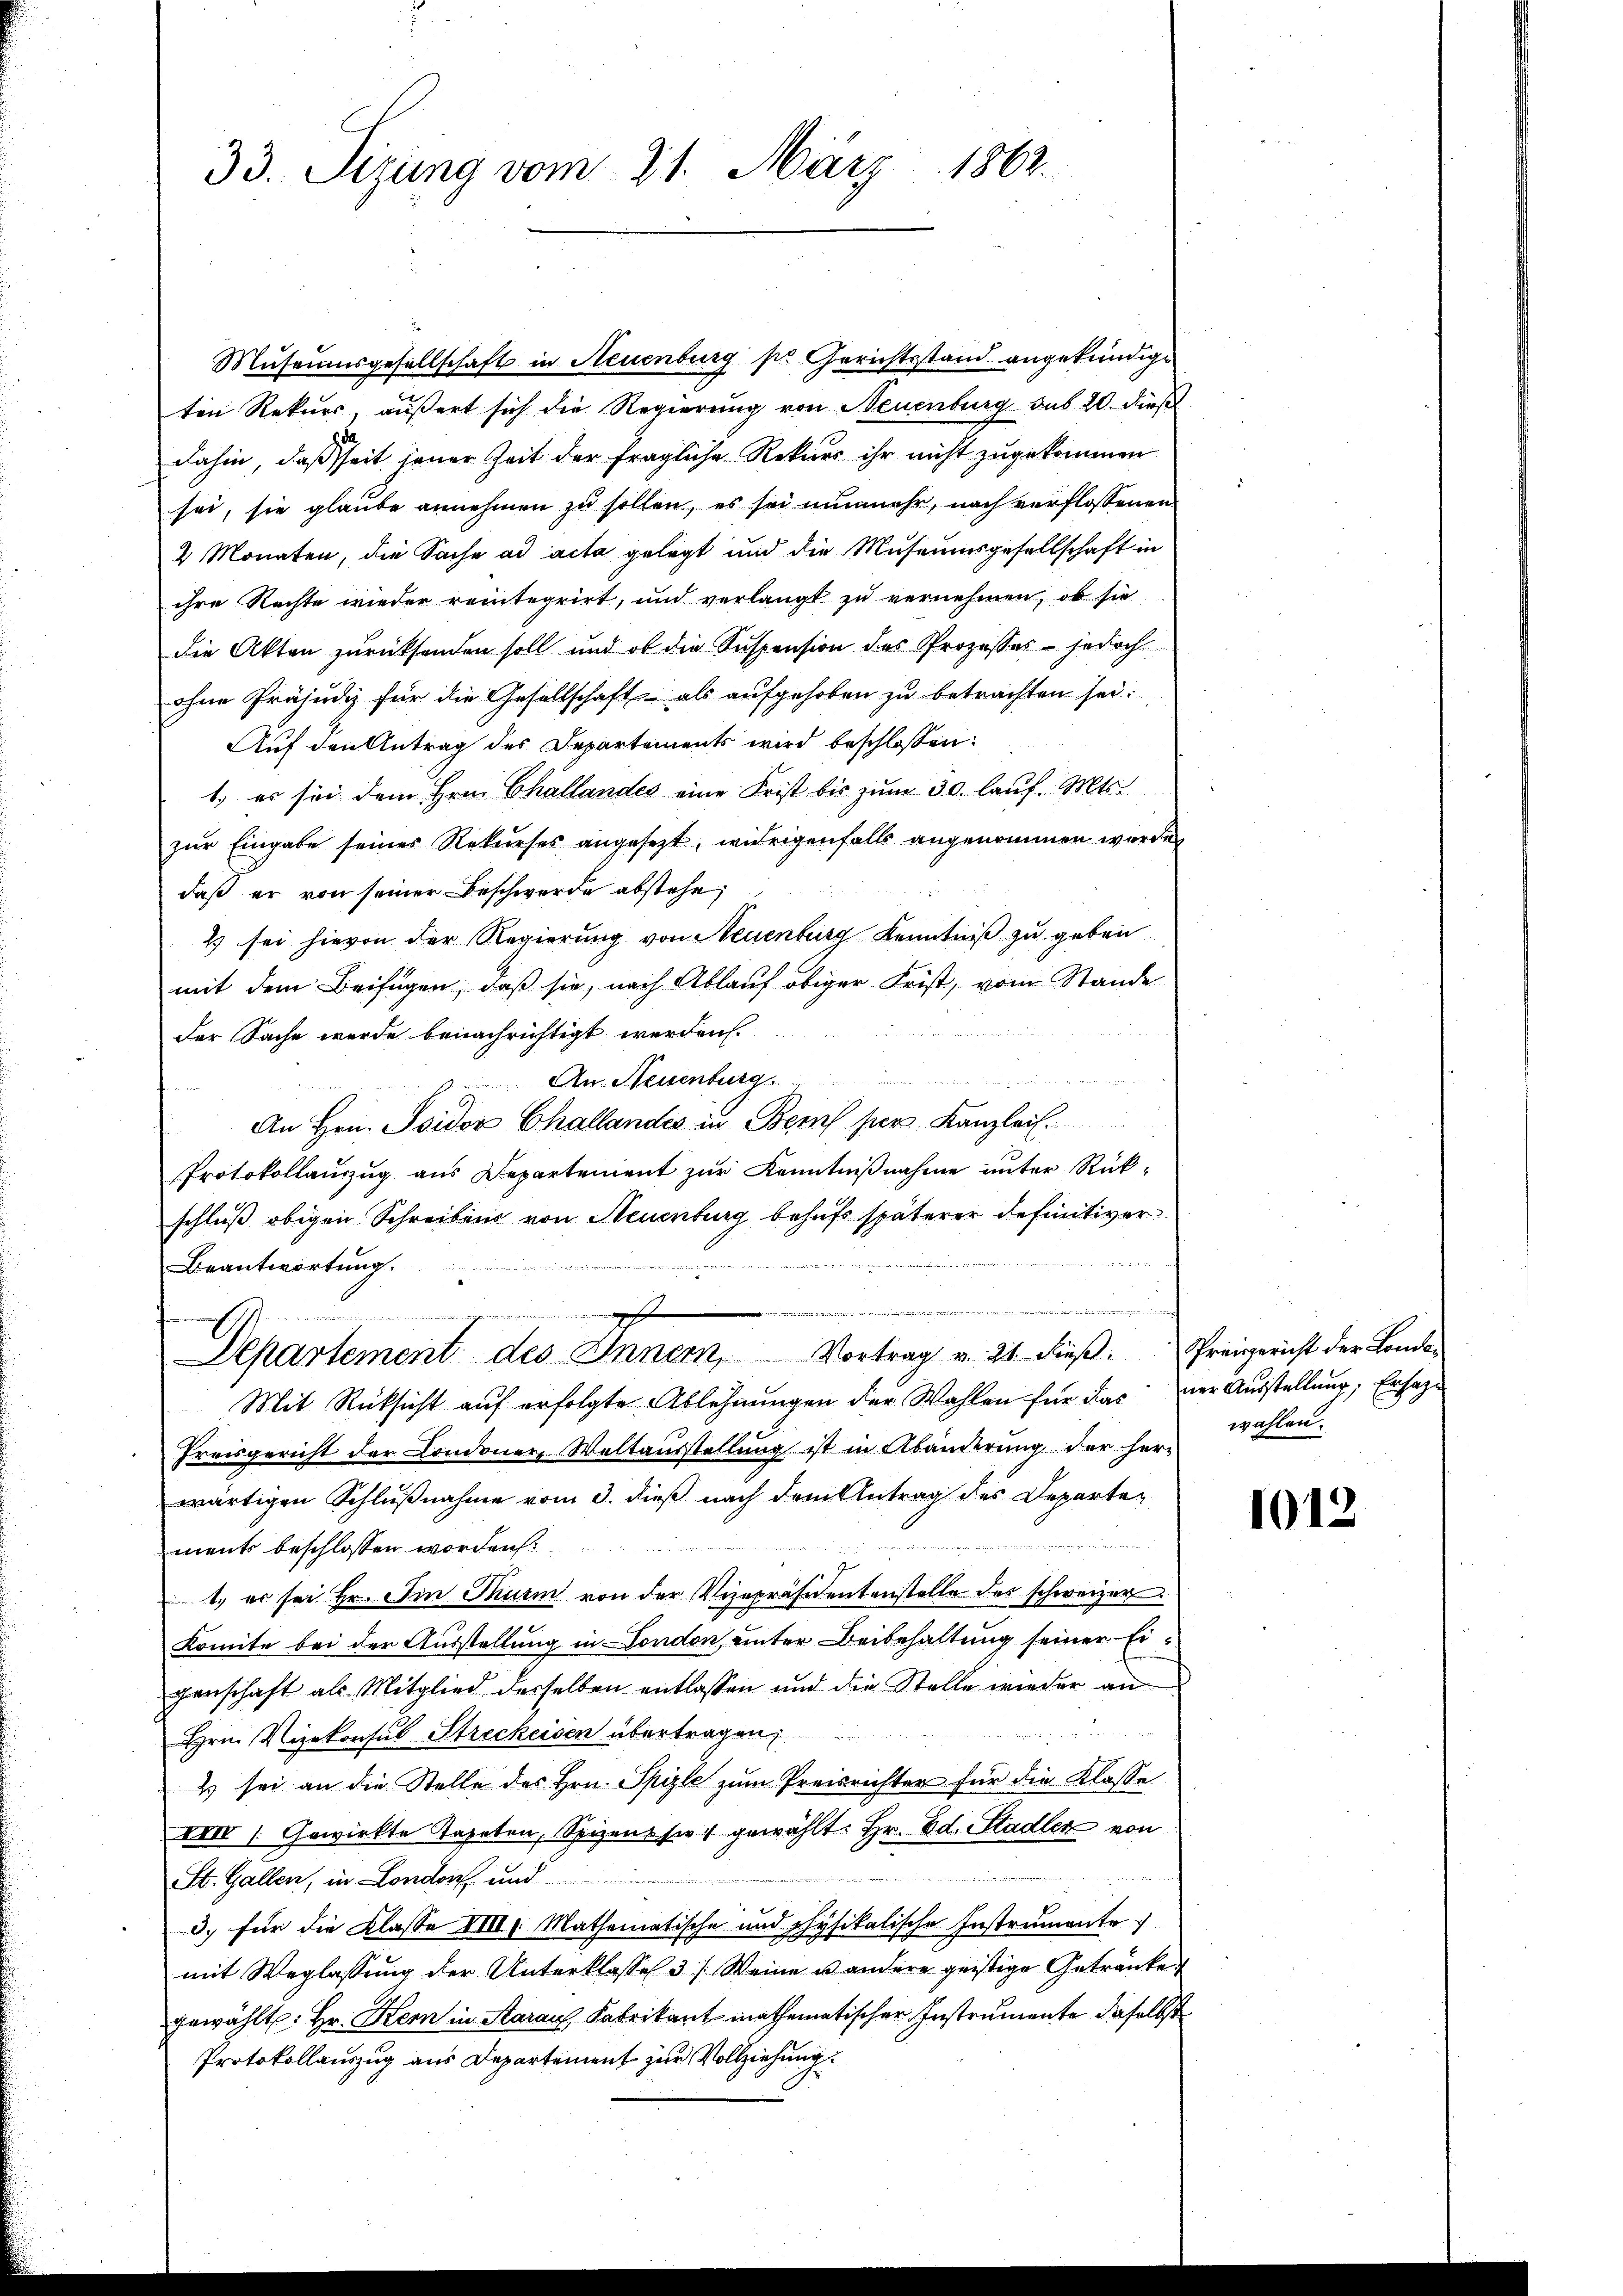
33. Sizung vom 21. März 1862.

Museumsgesellschaft in Neuenburg pr. Gerichtsstand angekündige
ten Rekurs, äußert sich die Regierung von Neuenburg sub 20. dieß
dahin, daß seit jener Zeit der fragliche Rekurs ihr nicht zugekommen
sei, sie glaube annehmen zu sollen, es sei nunmehr, nach verflossenen
2 Monaten, die Sache ad acta gelegt und die Museumsgesellschaft in
ihre Rechte wieder reintegrirt, und verlangt zu vernehmen, ob sie
die Akten zurücksenden soll und ob die Suspension des Prozesses - jedoch
ohne Präjudiz für die Gesellschaft als aufgehoben zu betrachten sei.
Auf den Antrag des Departements wird beschlossen:
1. es sie dem Hrn. Challandes eine Frist bis zum 30. lauf. Mts.
zur Eingabe seines Rekurses angesezt, wierigenfalls angenommen werde
daß er von seiner Beschwerde abstehe,
2) sei hievon der Regierung von Neuenburg Kenntniß zu geben
mit dem Beifügen, daß sie, nach Ablauf obiger Frist, vom Stande
Der Sache werde benachrichtigt werden.
An Neuenburg.
n
An Hrn. Isidor Challandes in Bern per Kanzlei.
Protokollaŭszŭg aŭs Departement zŭr Kenntniβnahme unter Rück-
schluß obigen Schreibens von Neuenburg behufs späterer definitiver
Beantwortung.

gem
Departement des Innern, Vortrag v. 21. dieβ. Schreigericht der Londo¬
Mit Rücksicht auf erfolgte Ablehnungen der Wahlen für das der Ausstellung, Ersatze
Preisgericht der Condoner Weltausstellung ist in Abänderung der her-
wärtigen Schlußnahme vom 3. dieß nach dem Antrag des Departements beschlossen worden
1., er sei Hr. Im Thurm von der Vizepräsidentenstelle des schweizer
Komite bei der Ausstellung in London unter Beibehaltung seiner Eigenschaft als Mitglied desselben entlassen und die Stelle wieder an

Hrn. Vizekonsul Streckeisen übertragen;
2 sei an die Stelle des Hrn. Spizle zum Preisrichter für die Klasse
VIII /:Gewirkte Tapeten, Spizent sie gewählt. Hr. Ed. Stadler von
eien einen e
St. Gallen, in London und
3. für die Klasse Mr. Mathematische und physikalische Instrumente
mit Weglassung der Unterklasse 3 /: Weine u andere geistige Getränke
gewählt: Hr. Kern in Starau, Fabrikant mathematischer Instrumente daselbst
Protokollauszug aus Departement zur Vollziehung

wahlen.

1012